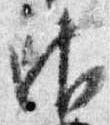
御